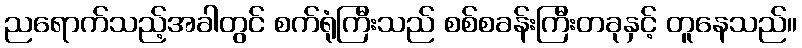
ညရောက်သည့်အခါတွင် စက်ရုံကြီးသည် စစ်စခန်းကြီးတခုနှင့် တူနေသည်။